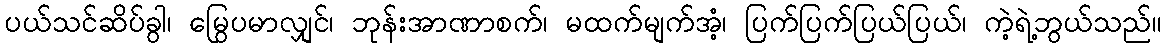
ပယ်သင်ဆိပ်ခွါ၊ မြွေပမာလျှင်၊ ဘုန်းအာဏာစက်၊ မထက်မျက်အံ့၊ ပြက်ပြက်ပြယ်ပြယ်၊ ကဲ့ရဲ့ဘွယ်သည်။